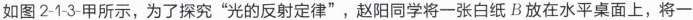
如图2-1-3-甲所示，为了探究”光的反射定律”，赵阳同学将一张白纸B放在水平桌面上，将一